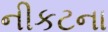
નીકટના